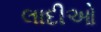
લાદીઓ